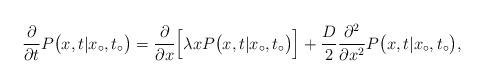
LaTeX: \begin{align*} \frac{\partial}{\partial{t}} P\bigl(x,t|x_\circ, t_\circ\bigr) = \frac{\partial}{\partial{x}} \Big[\lambda{x}P\bigl(x,t|x_\circ, t_\circ\bigr)\Bigr] + \frac{D}{2}\frac{\partial^2}{\partial{x}^2} P\bigl(x,t|x_\circ, t_\circ\bigr),\end{align*}